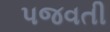
પજવતી